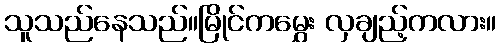
သူသည်နေသည်။မြိုင်ကမွှေး လှချည့်ကလား။